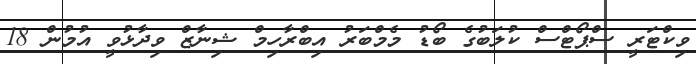
ވިކްޓަރީ ސްޕޯޓްސް ކުލަބުގެ ބޯޑު މެމްބަރު އިބްރާހިމް ޝިނާޒް ވިދާޅުވީ އުމުން 18